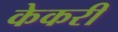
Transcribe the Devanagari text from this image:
केकरी